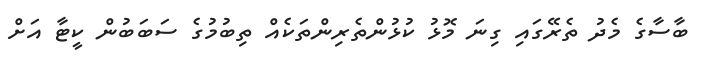
ބާސާގެ މެދު ތެރޭގައި ގިނަ މޮޅު ކުޅުންތެރިންތަކެއް ތިބުމުގެ ސަބަބުން ކީޓާ އަށް